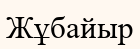
Жұбайыр